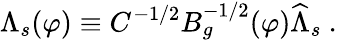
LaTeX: \Lambda_{s}(\varphi)\equiv C^{-1/2}B_{g}^{-1/2}(\varphi)\widehat\Lambda_{s}\ .